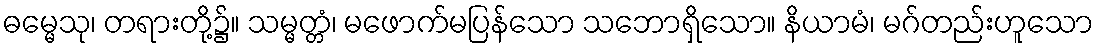
ဓမ္မေသု၊ တရားတို့၌။ သမ္မတ္တံ၊ မဖောက်မပြန်သော သဘောရှိသော။ နိယာမံ၊ မဂ်တည်းဟူသော